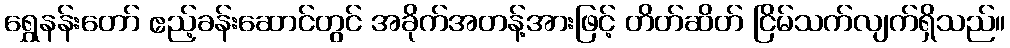
ရွှေနန်းတော် ဧည့်ခန်းဆောင်တွင် အခိုက်အတန့်အားဖြင့် တိတ်ဆိတ် ငြိမ်သက်လျက်ရှိသည်။